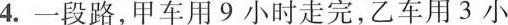
4.一段路，甲车用9小时走完，乙车用3小